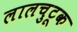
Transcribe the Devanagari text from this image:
लालचुटूक